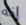
إنه